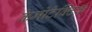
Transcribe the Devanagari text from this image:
केमोटेक्टिक